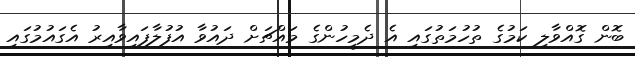
ބޮން ގޮއްވާލި ކަމުގެ ތުހުމަތުގައި އެ ދެމީހުންގެ މައްޗަށް ދައުވާ އުފުލާފައިވާއިރު އެގައުމުގައި